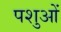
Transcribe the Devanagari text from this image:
पशुआें